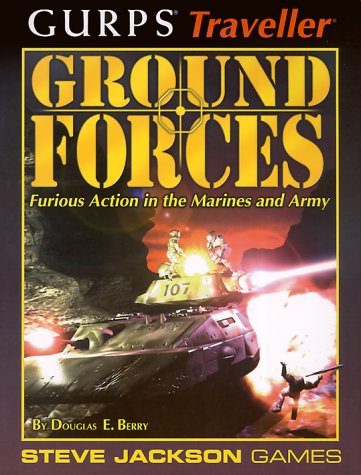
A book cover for GURPS Traveller Ground Forces; Douglas Berry; Science Fiction & Fantasy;